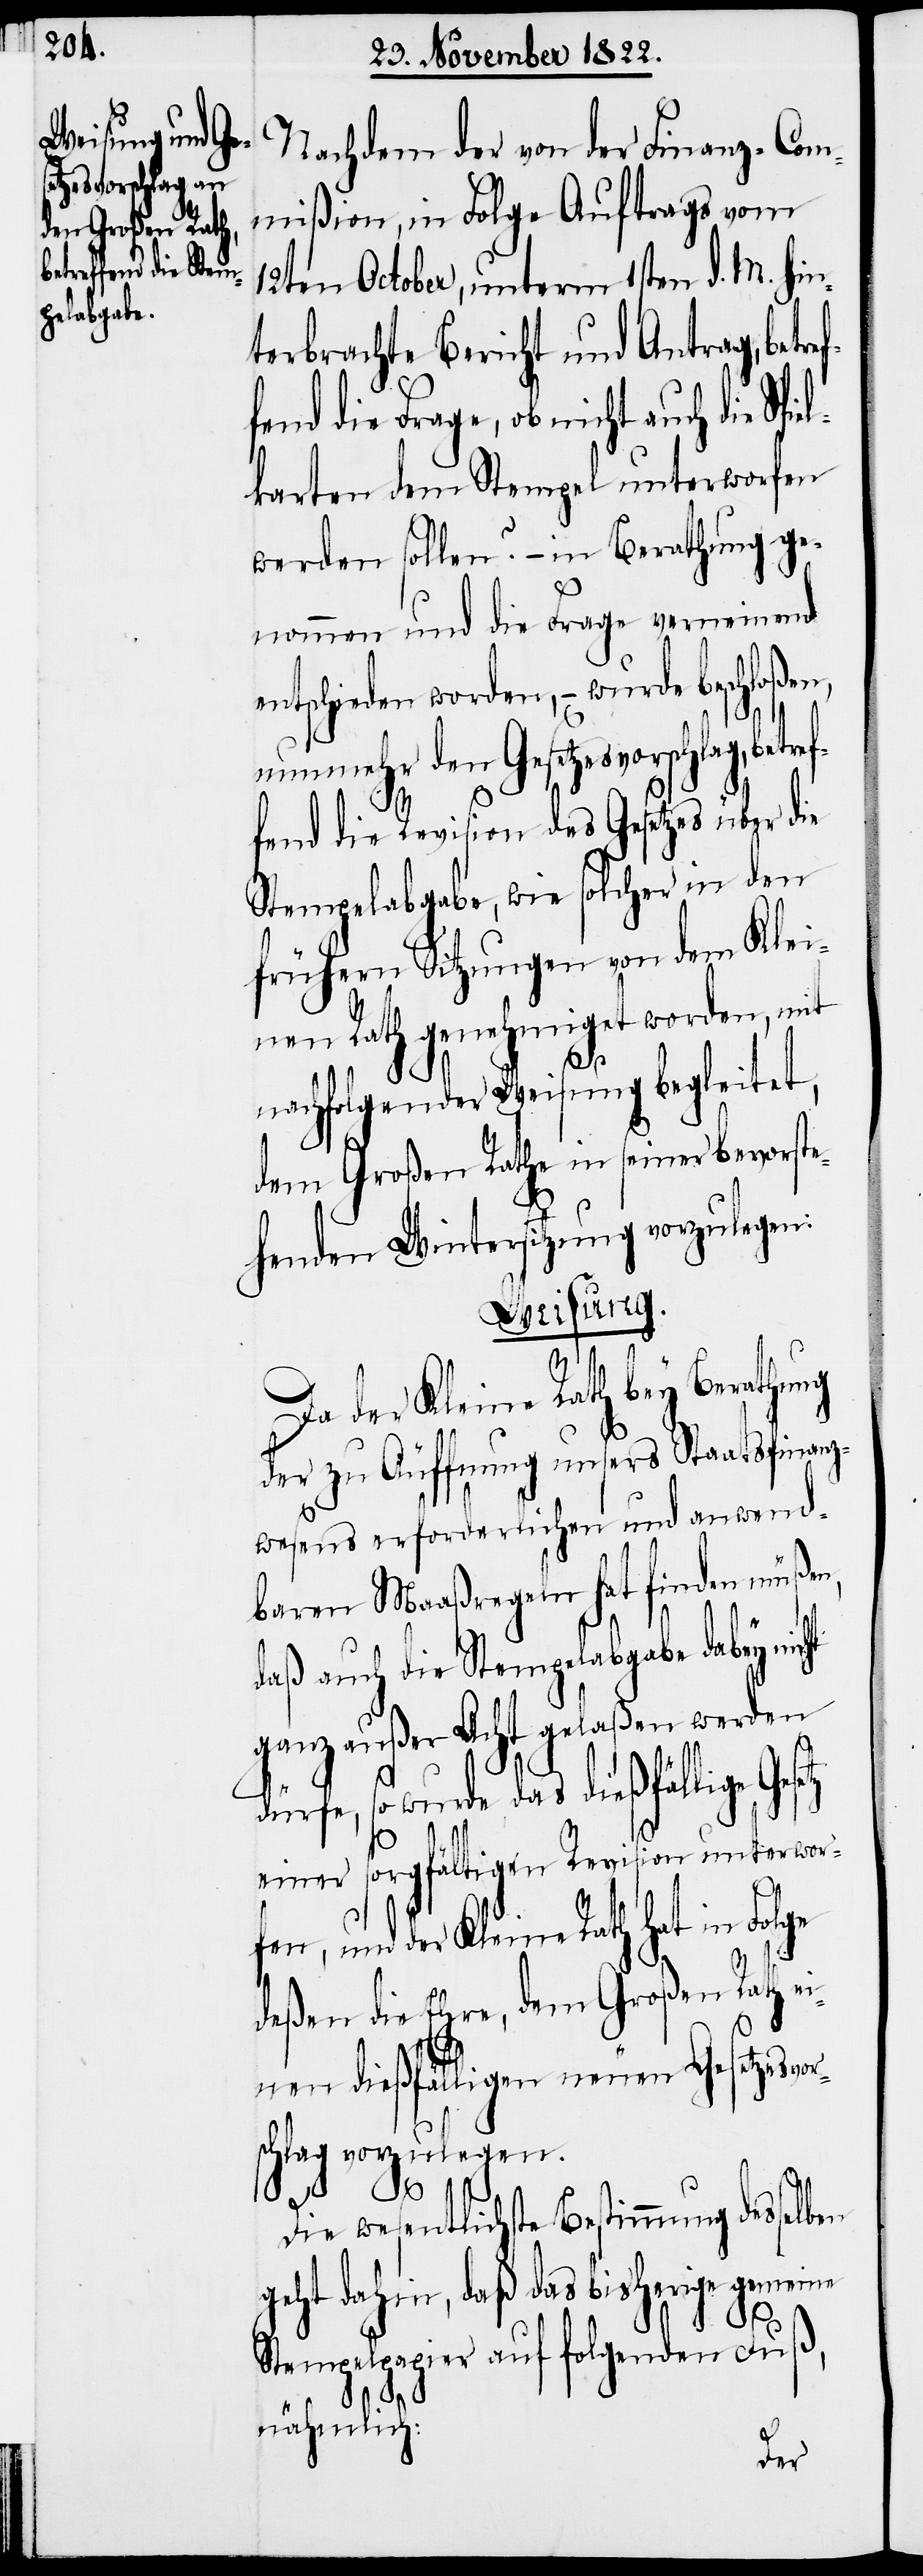
Nachdem der von der Finanz-Com¬
mißion, in Folge Auftrags vom
12ten October, unterm 1sten d. M. hin¬
terbrachte Bericht und Antrag, betre¬
fend die Frage, ob nicht auch die Spi¬
elkarten dem Stempel unterworfen
werden sollen? – in Berathung ge¬
nommen und die Frage verneinend
entschieden worden, – wurde beschloßen,
nunmehr den Gesetzesvorschlag, bet¬
fend die Revision des Gesetzes über die
Stempelabgabe, wie solcher in den
frühern Sitzungen von dem Klei¬
nen Rath genehmiget worden, mit
d¬
nachfolgender Weisung begleitet,
dem Großen Rathe in seiner bevorste¬
henden Wintersitzung vorzulegen:
Weisung.
en,
Da der Kleine Rath bey Berathung
der zu Äuffnung unsers Staasfinanz¬
wesens erforderlichen und anwend¬
baren Maaßregeln hat finden müßen,
daß auch die Stempelabgabe dabey
ganz außer Acht gelaßen werden
ürfe, so wurde das dießfällige
einer sorgfältigen Revision unterworf¬
und der Kleine Rath hat in Folge
deßen die Ehre, dem Großen Rath ei¬
nen dießfälligen neuen Gesetzesvo¬
rschlag vorzulegen.
Die wesentlichste Bestimmung desselben
geht dahin, daß das bisherige
Stempelpapier auf folgenden Fuß,
nähmlich: